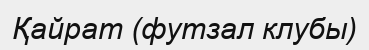
Қайрат (футзал клубы)